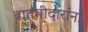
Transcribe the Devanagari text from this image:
बातमीदारांना